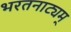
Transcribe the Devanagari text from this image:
भरतनाट्यम्‌